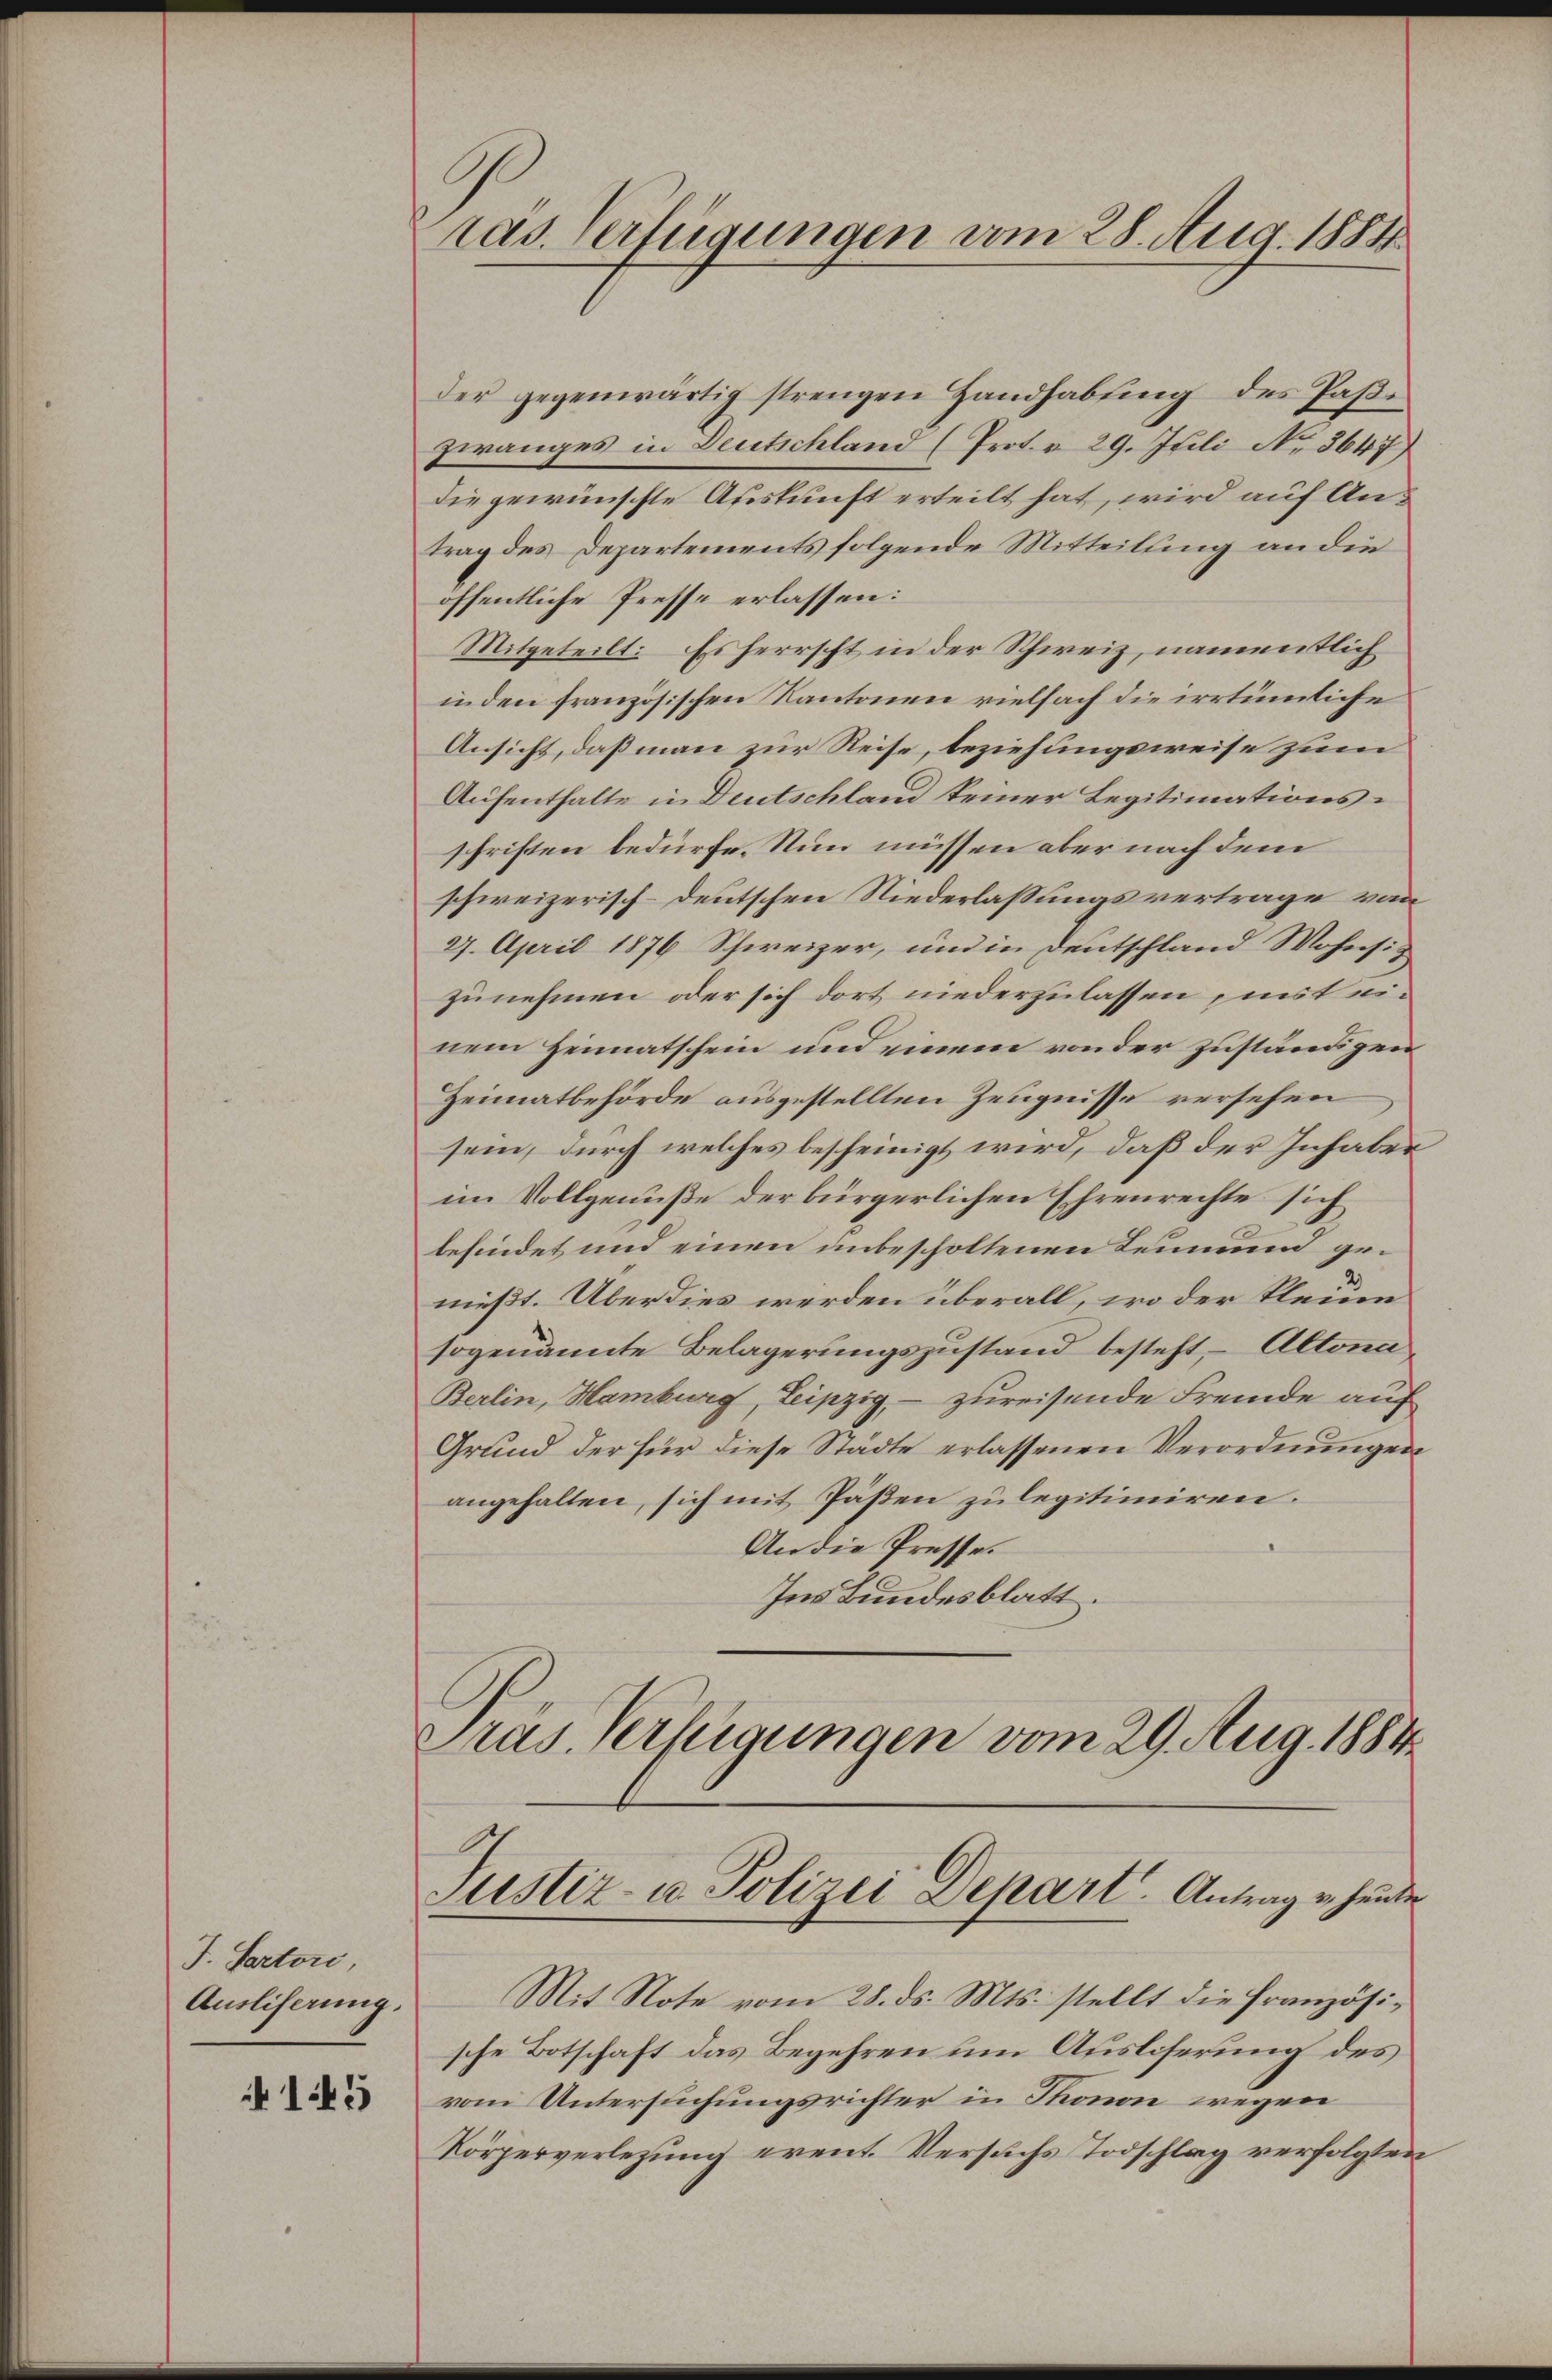
J. Sectore,
Ausliserung.

145

ras. Verfügungen vom 28. Aug. 1884

der gegenwärtig strengen Handhabung des Paßi
zwanges in Deutschland (Prot. v. 29. Juli No 3647)
die gewünschte Auskunft erteilt hat, wird auf Antrag des Departements folgende Mitteilung an die
öffentliche Presse erlassen:
Mitgeteilt: Es herrscht in der Schweiz, namentlich
inden französischen Kantonen vielfach die irrtümliche
Ansicht, daß man zur Reise, beziehungsweise zum
Aufenthalte in Deutschland keiner Legitimationsschriften bedürfe. Nun müssen aber nach dem
schweizerisch-deutschen Niederlassungsvertrage von
27. April 1876 Schweizer, und in Deutschland Wohnsit
zunehmen oder sich dort niederzulassen, mit einem Heimatschein und einem von der zuständigen
Heimatbehörde ausgestellten Zeugnisse versehen
sein, durch welches bescheinigt wird, daß der Inhaber
im Vollgenuße der bürgerlichen Ehrenrechte sich
befindet und einen unbescholtenen Leumund gemießt. Über dies werden überall, wo der Kleinen
sogenannte Belagerungszustand besteht, Altona
Berlin, Hamburg, Leipzig, - zureisende Fremde auf
Grund der für diese Städte erlassenen Verordnungen
angehalten, sich mit Päßen zulegitimiren.
An die Presse.
Ins Bundesblatt.
Pras. Verfügungen vom 29. Aug. 1884.

Justiz- u. Polizei Depart. Antrag v. heute

Mit Note vom 28. ds. Mts. stellt die Französische Botschaft das Begehren um Ausliserung des
vom Untersuchungsrichter in Thonon wegen
Körperverlegung event. Versuchs Todschlag verfolgten